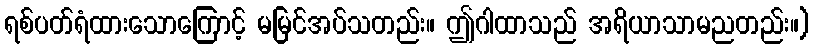
ရစ်ပတ်ရံထားသောကြောင့် မမြင်အပ်သတည်း။ ဤဂါထာသည် အရိယာသာမညတည်း။)